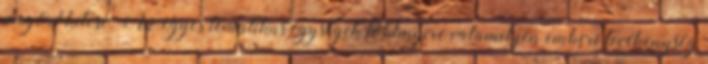
megörökítése. Az egyes tematikus egységek többnyire valamilyen emberi tevékenység